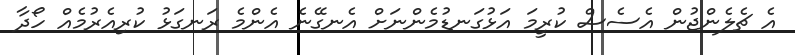
އެ ޗެލެންޖުން އެސެސް ކުރީމަ އަޅުގަނޑުމެންނަށް އެނގޭނެ އެންމެ ރަނގަޅު ކުރިއެރުމެއް ހޯދާ